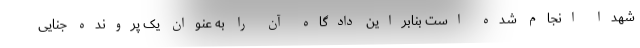
شهدا انجام شده است بنابراین دادگاه آن را به عنوان یک پرونده جنایی